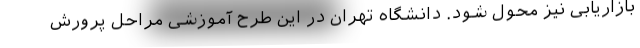
بازاریابی نیز محول شود. دانشگاه تهران در این طرح آموزشی مراحل پرورش